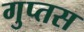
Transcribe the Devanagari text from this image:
गुप्तस